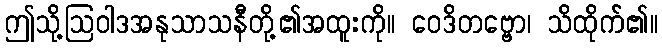
ဤသို့ဩဝါဒအနုသာသနီတို့၏အထူးကို။ ဝေဒိတဗ္ဗော၊ သိထိုက်၏။